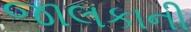
જાલકાની